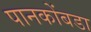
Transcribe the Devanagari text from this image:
पानकोंबडा